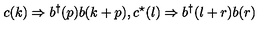
c ( k ) \Rightarrow b ^ { \dagger } ( p ) b ( k + p ) , c ^ { \star } ( l ) \Rightarrow b ^ { \dagger } ( l + r ) b ( r )